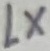
Text: LX